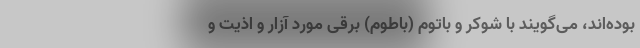
بوده‌اند، می‌گویند با شوکر و باتوم (باطوم) برقی مورد آزار و اذیت و